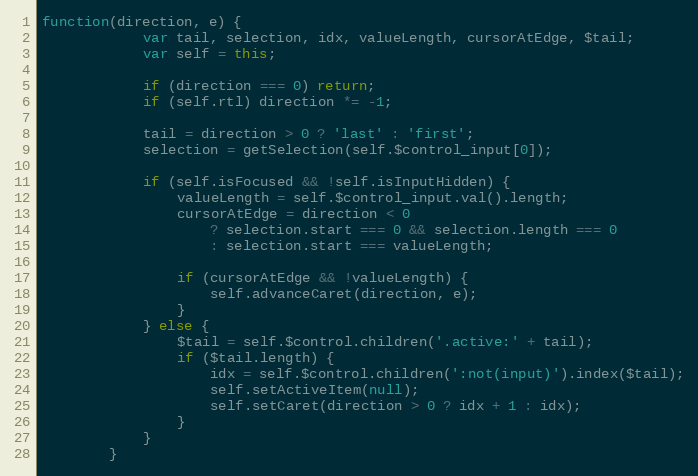
Language: JavaScript
function(direction, e) {
			var tail, selection, idx, valueLength, cursorAtEdge, $tail;
			var self = this;

			if (direction === 0) return;
			if (self.rtl) direction *= -1;

			tail = direction > 0 ? 'last' : 'first';
			selection = getSelection(self.$control_input[0]);

			if (self.isFocused && !self.isInputHidden) {
				valueLength = self.$control_input.val().length;
				cursorAtEdge = direction < 0
					? selection.start === 0 && selection.length === 0
					: selection.start === valueLength;

				if (cursorAtEdge && !valueLength) {
					self.advanceCaret(direction, e);
				}
			} else {
				$tail = self.$control.children('.active:' + tail);
				if ($tail.length) {
					idx = self.$control.children(':not(input)').index($tail);
					self.setActiveItem(null);
					self.setCaret(direction > 0 ? idx + 1 : idx);
				}
			}
		}